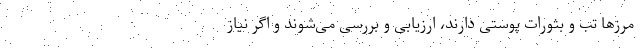
مرزها تب و بثورات پوستی دارند، ‌ارزیابی و بررسی می‌شوند و اگر نیاز